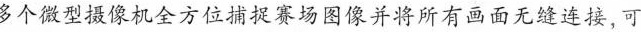
多个微型摄像机全方位捕捉赛场图像并将所有画面无缝连接,可